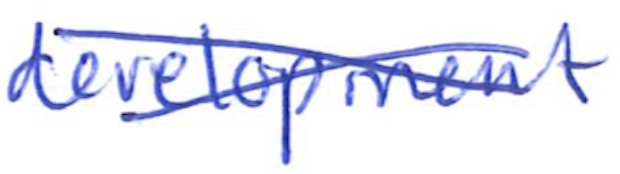
Text: development
Cross-out: cross
Writing tool: ballpoint